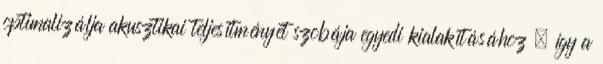
optimalizálja akusztikai teljesítményét szobája egyedi kialakításához – így a